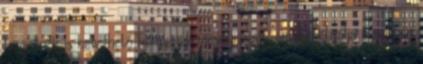
hírvivőnek is nevezhető hormonok mennyiségét, amely aktiválja a sejtben